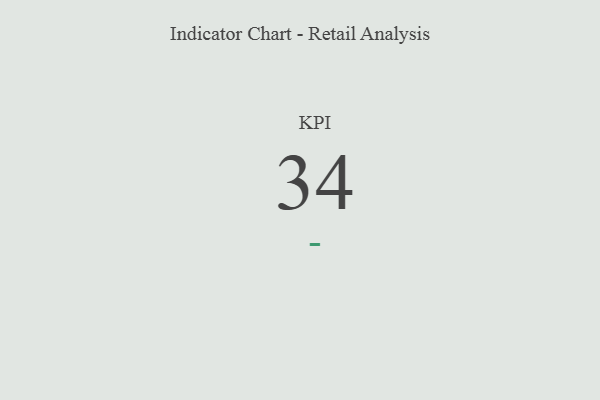
{"axis": {"x": "KPI", "y": "Value"}, "legend": [""], "data": [{"x": "KPI", "y": 34, "type": ""}]}